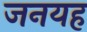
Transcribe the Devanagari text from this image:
जनयह